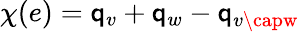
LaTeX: \chi(e)=\mathsf{q}_{v}+\mathsf{q}_{w}-\mathsf{q}_{v\capw}